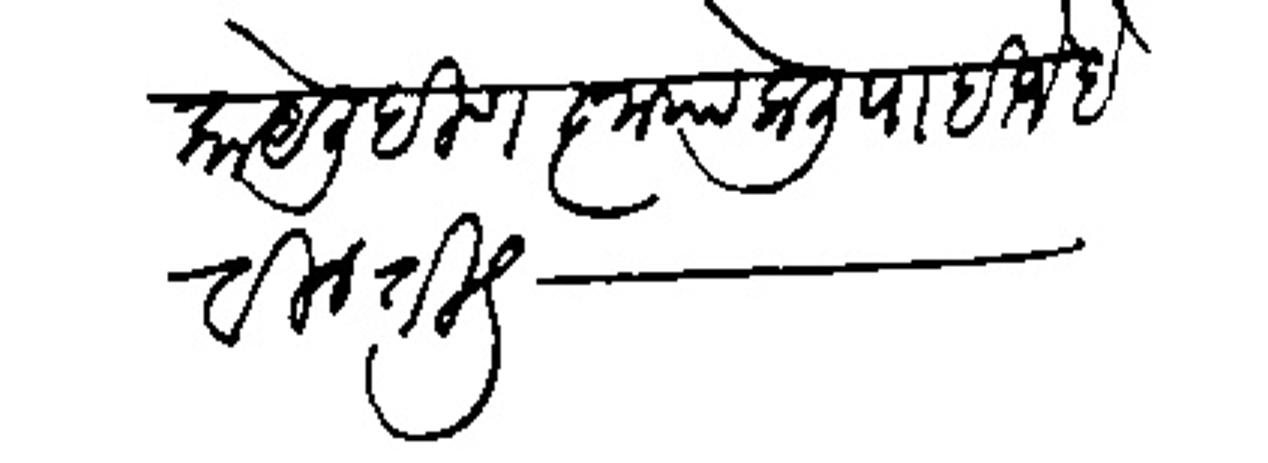
Transliteration (Devanagari): काये लिहिणे कृपा केली पाहिजे है विनंती